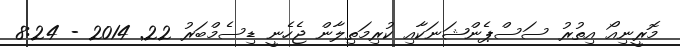
މޮރީނިއޯ އިތުރު ސަސްޕެންޝަނަކާއި ކުރިމަތިލާން ޖެހެނީ ޑިސެމްބަރު 22